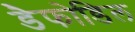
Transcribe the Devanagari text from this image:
डैफोडिल